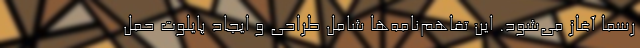
رسما آغاز می‌شود. این تفاهم‌نامه‌ها شامل طراحی و ایجاد پایلوت حمل